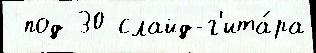
 под 30 слайд-г'ита́ра